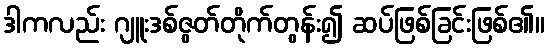
ဒါကလည်း ဂျူးဒစ်ဇွတ်တိုက်တွန်း၍ ဆပ်ဖြစ်ခြင်းဖြစ်၏။